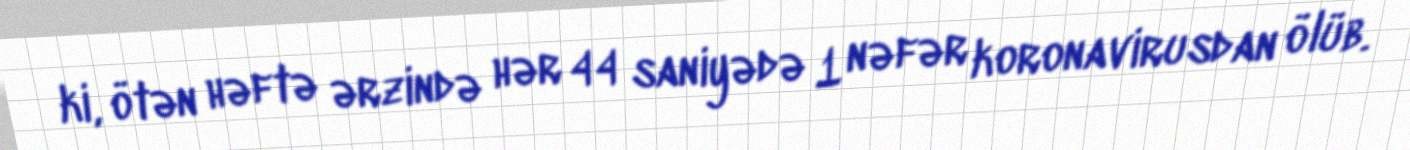
ki, ötən həftə ərzində hər 44 saniyədə 1 nəfər koronavirusdan ölüb.